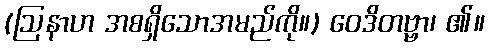
(ဩနာဟ အစရှိသောအမည်ကို။) ဝေဒိတဗ္ဗာ၊ ၏။